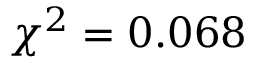
\chi ^ { 2 } = 0 . 0 6 8